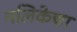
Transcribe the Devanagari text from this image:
नलिकेचा